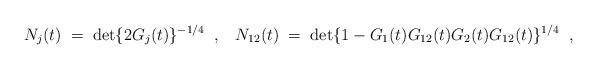
LaTeX: \begin{align*}N_j(t)\; =\;\det \{ 2G_j(t)\}^{-1/4}\;\; ,\;\;\;N_{12}(t)\; =\;\det \{ 1-G_1(t)G_{12}(t)G_2(t)G_{12}(t)\}^{1/4}\;\;, \end{align*}